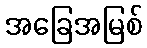
အခြေအမြစ်